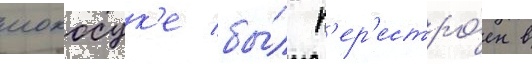
иокосук'е бы́л п'ер'естро́ен в